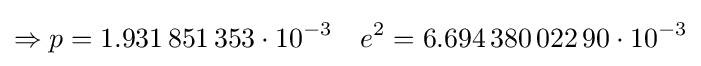
\Rightarrow p=1{.}931\,851\,353\cdot 10^{-3}\quad e^{2}=6{.}694\,380\,022\,90\cdot 10^{-3}